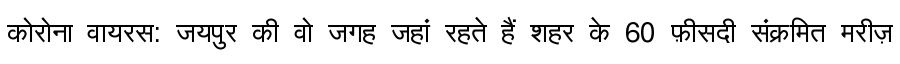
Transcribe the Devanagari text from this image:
कोरोना वायरस: जयपुर की वो जगह जहां रहते हैं शहर के 60 फ़ीसदी संक्रमित मरीज़